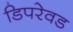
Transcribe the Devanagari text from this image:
डिपरेवड